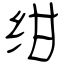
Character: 绀